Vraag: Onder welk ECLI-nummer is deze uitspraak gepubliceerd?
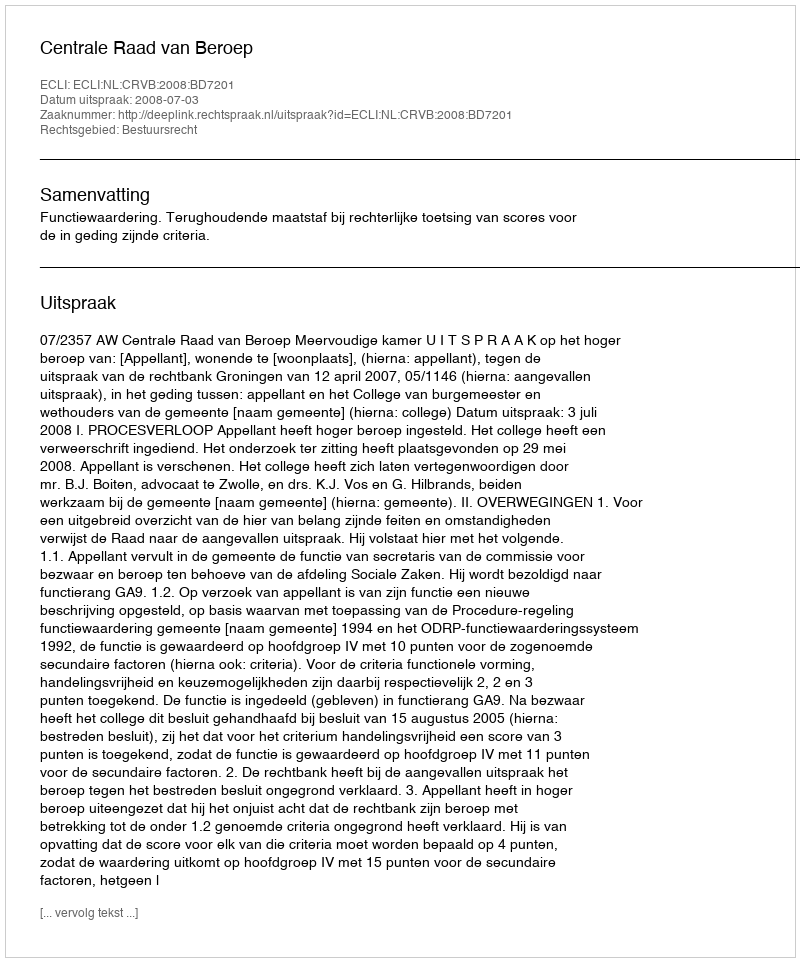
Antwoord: ECLI:NL:CRVB:2008:BD7201